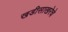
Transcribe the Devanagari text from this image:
खडीसाखरेचे